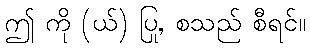
ဤ ကို (ယ်) ပြု, စသည် စီရင်။